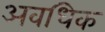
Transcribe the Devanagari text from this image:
अवधिक